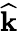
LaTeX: \widehat{\mathbf k}